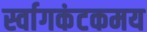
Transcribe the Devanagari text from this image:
र्स्वागकंटकमय